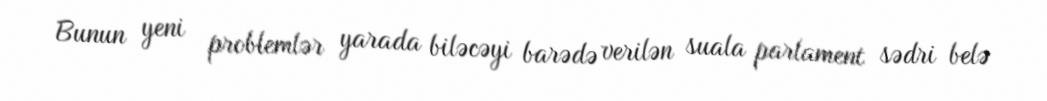
Bunun yeni problemlər yarada biləcəyi barədə verilən suala parlament sədri belə